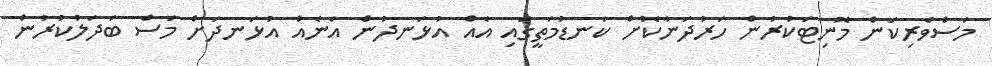
މަސްވެރިކަން މޮނިޓަކުރުން ހަރުދަނާކޮށް ކަނޑުމަތީގައި އެއް އުޅަނދުން އަނެއް އުޅަނދަށް މަސް ބަދަލުކުރުން